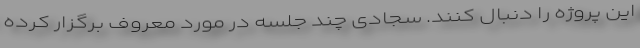
این پروژه را دنبال کنند. سجادی چند جلسه در مورد معروف برگزار کرده